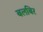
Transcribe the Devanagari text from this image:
बलबिर